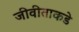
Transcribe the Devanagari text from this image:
जीवीताकडे